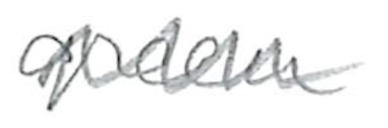
Text: green
Cross-out: zig-zag
Writing tool: pencil